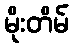
မိုးတိမ်